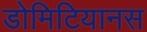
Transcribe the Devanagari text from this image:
डोमिटियानस